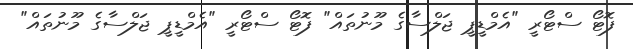
ފޮޓޯ ސްޓޯރީ "އެމްޑީޕީ ޖަލްސާގެ މޫނުތައް" ފޮޓޯ ސްޓޯރީ "އެމްޑީޕީ ޖަލްސާގެ މޫނުތައް"